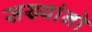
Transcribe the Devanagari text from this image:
सख्यांनो